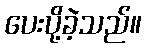
ပေးပို့ခဲ့သည်။